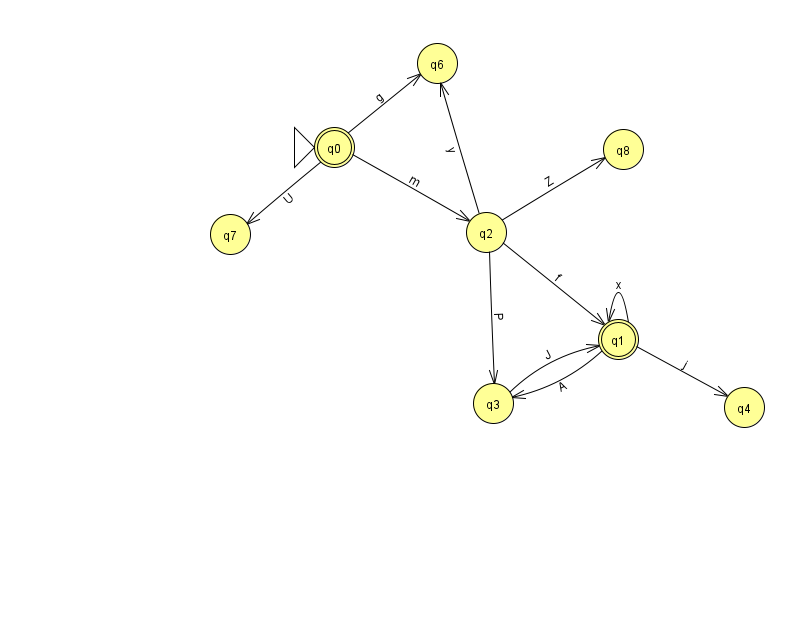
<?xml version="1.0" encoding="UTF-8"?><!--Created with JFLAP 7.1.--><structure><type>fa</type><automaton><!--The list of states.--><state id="0" name="q0"><x>334.0</x><y>134.0</y><initial/><final/></state><state id="1" name="q1"><x>618.0</x><y>326.0</y><final/></state><state id="2" name="q2"><x>486.0</x><y>219.0</y></state><state id="3" name="q3"><x>493.0</x><y>390.0</y></state><state id="4" name="q4"><x>744.0</x><y>394.0</y></state><state id="6" name="q6"><x>437.0</x><y>50.0</y></state><state id="7" name="q7"><x>230.0</x><y>221.0</y></state><state id="8" name="q8"><x>623.0</x><y>136.0</y></state><!--The list of transitions.--><transition><from>2</from><to>3</to><read>P</read></transition><transition><from>2</from><to>8</to><read>Z</read></transition><transition><from>0</from><to>6</to><read>g</read></transition><transition><from>1</from><to>4</to><read>j</read></transition><transition><from>3</from><to>1</to><read>J</read></transition><transition><from>0</from><to>2</to><read>m</read></transition><transition><from>1</from><to>1</to><read>x</read></transition><transition><from>2</from><to>1</to><read>f</read></transition><transition><from>0</from><to>7</to><read>U</read></transition><transition><from>1</from><to>3</to><read>A</read></transition><transition><from>2</from><to>6</to><read>y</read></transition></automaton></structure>